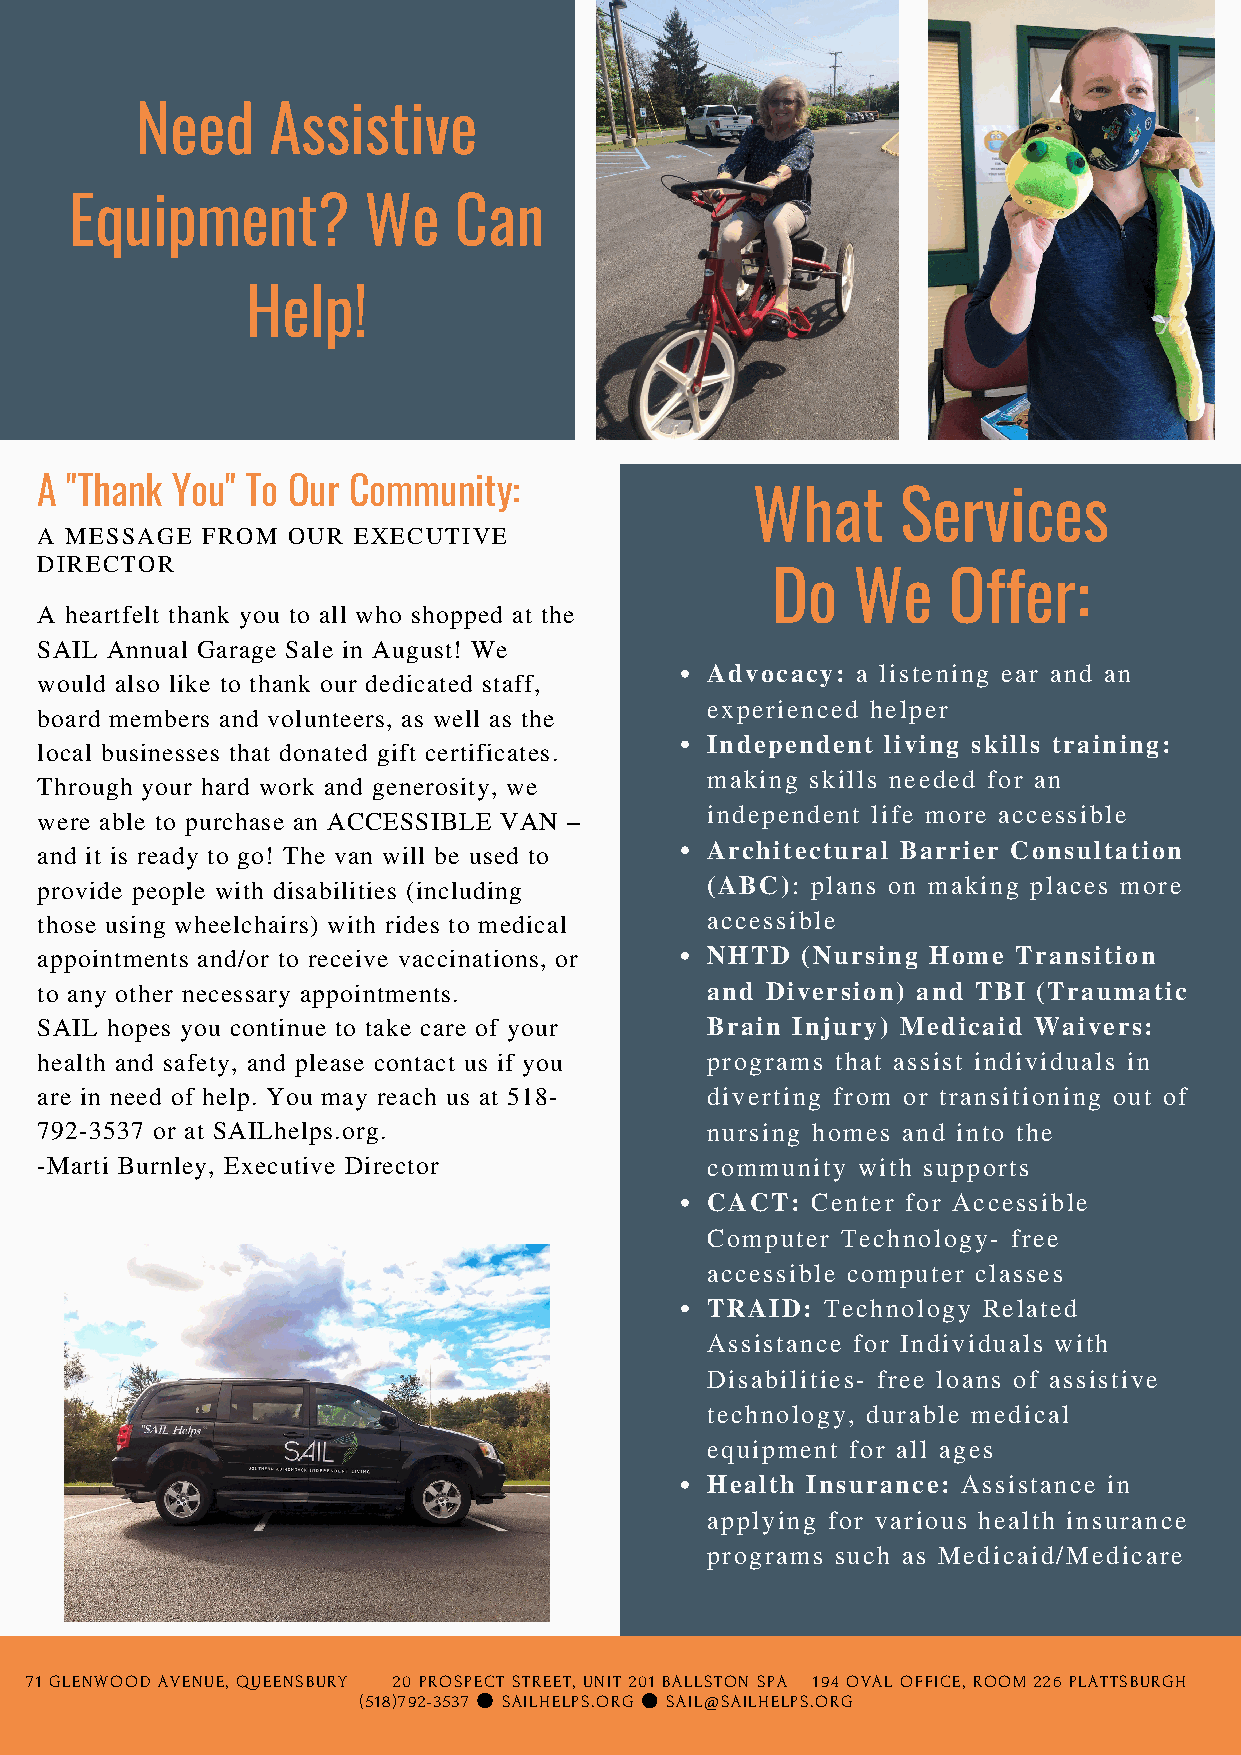
Need     Assistive
 Equipment?         We    Can
 Help!
 A "Thank You" To Our Community:
 What      Services
 A MESSAGE  FROM  OUR EXECUTIVE
 DIRECTOR
 Do   We     Offer:
 A heartfelt thank you to all who shopped at the
 SAIL Annual Garage Sale in August! We
 Advocacy: a listening ear and an
 would also like to thank our dedicated staff,
 experienced helper
 board members and volunteers, as well as the
 Independent living skills training:
 local businesses that donated gift certificates.
 making skills needed for an
 Through your hard work and generosity, we
 independent life more accessible
 were able to purchase an ACCESSIBLE VAN –
 and it is ready to go! The van will be used to Architectural Barrier Consultation
 provide people with disabilities (including  (ABC): plans on making places more
 those using wheelchairs) with rides to medical accessible
 appointments and/or to receive vaccinations, or NHTD (Nursing Home Transition
 to any other necessary appointments.         and Diversion) and TBI (Traumatic
 SAIL hopes you continue to take care of your Brain Injury) Medicaid Waivers:
 health and safety, and please contact us if you programs that assist individuals in
 are in need of help. You may reach us at 518- diverting from or transitioning out of
 792-3537 or at SAILhelps.org.                nursing homes and into the
 -Marti Burnley, Executive Director           community with supports
 CACT:  Center for Accessible
 Computer Technology- free
 accessible computer classes
 TRAID:  Technology Related
 Assistance for Individuals with
 Disabilities- free loans of assistive
 technology, durable medical
 equipment for all ages
 Health Insurance: Assistance in
 applying for various health insurance
 programs such as Medicaid/Medicare
 71 GLENWOOD AVENUE, QUEENSBURY 20 PROSPECT STREET, UNIT 201 BALLSTON SPA 194 OVAL OFFICE, ROOM 226 PLATTSBURGH
 (518)792-3537 ● SAILHELPS.ORG ● SAIL@SAILHELPS.ORG